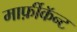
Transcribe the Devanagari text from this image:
मार्फ़ीकॅन्ट